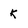
Character: K